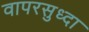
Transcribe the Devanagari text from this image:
वापरसुध्दा